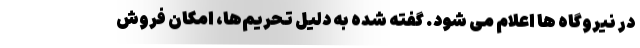
در نیروگاه ها اعلام می شود. گفته شده به دلیل تحریم‌ها، امکان فروش